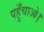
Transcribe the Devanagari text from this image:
पहुँचाओ।